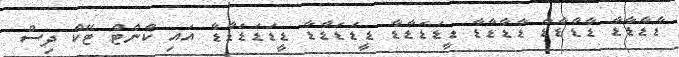
ޑާޑާޑާޑާ ޑާޑާޑާޑާ ޑާޑާޑާޑާ ޑީޑަޑަޑާޑާ ޑީޑަޑަޑާޑާ ޑީޑަޑަޑަޑާޑާ އައި ކާންޓް ޓޭކް ދިސް